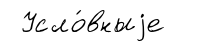
Усло́вныjе